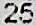
25